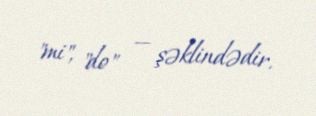
"mi", "do" — şəklindədir.